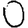
Digit: 0